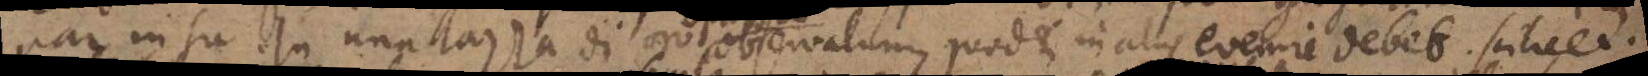
par insu. In una tazza di oro observatum, quod et in aliis evenire debet. Scilicet: